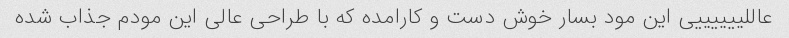
عاللییییییی این مود بسار خوش دست و کارامده که با طراحی عالی این مودم جذاب شده